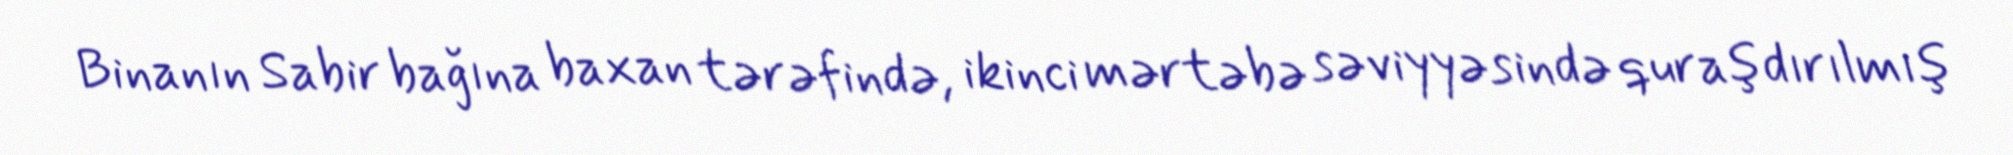
Binanın Sabir bağına baxan tərəfində, ikinci mərtəbə səviyyəsində quraşdırılmış